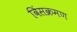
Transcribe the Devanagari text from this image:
विंसक्रमण